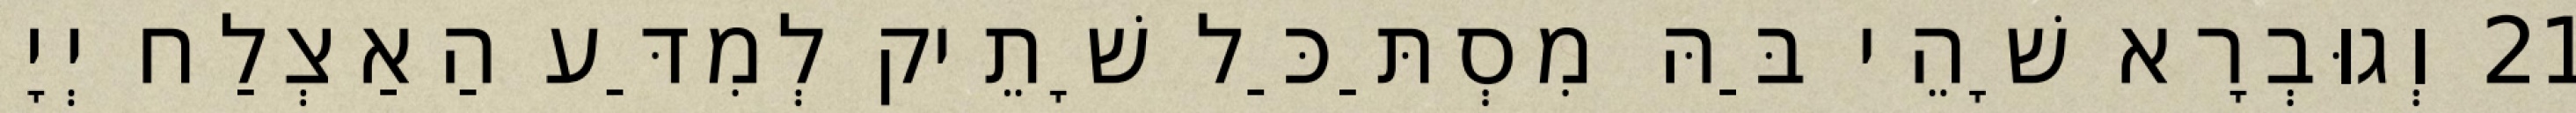
21 וְגוּבְרָא שָׁהֵי בַּהּ מִסְתַּכַּל שָׁתֵיק לְמִדַּע הַאַצְלַח יְיָ